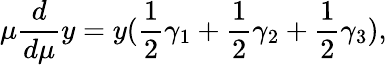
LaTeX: \mu\frac{d}{d\mu}y=y(\frac 12\gamma_{1}+\frac 12\gamma_{2}+\frac 12\gamma_{3}),